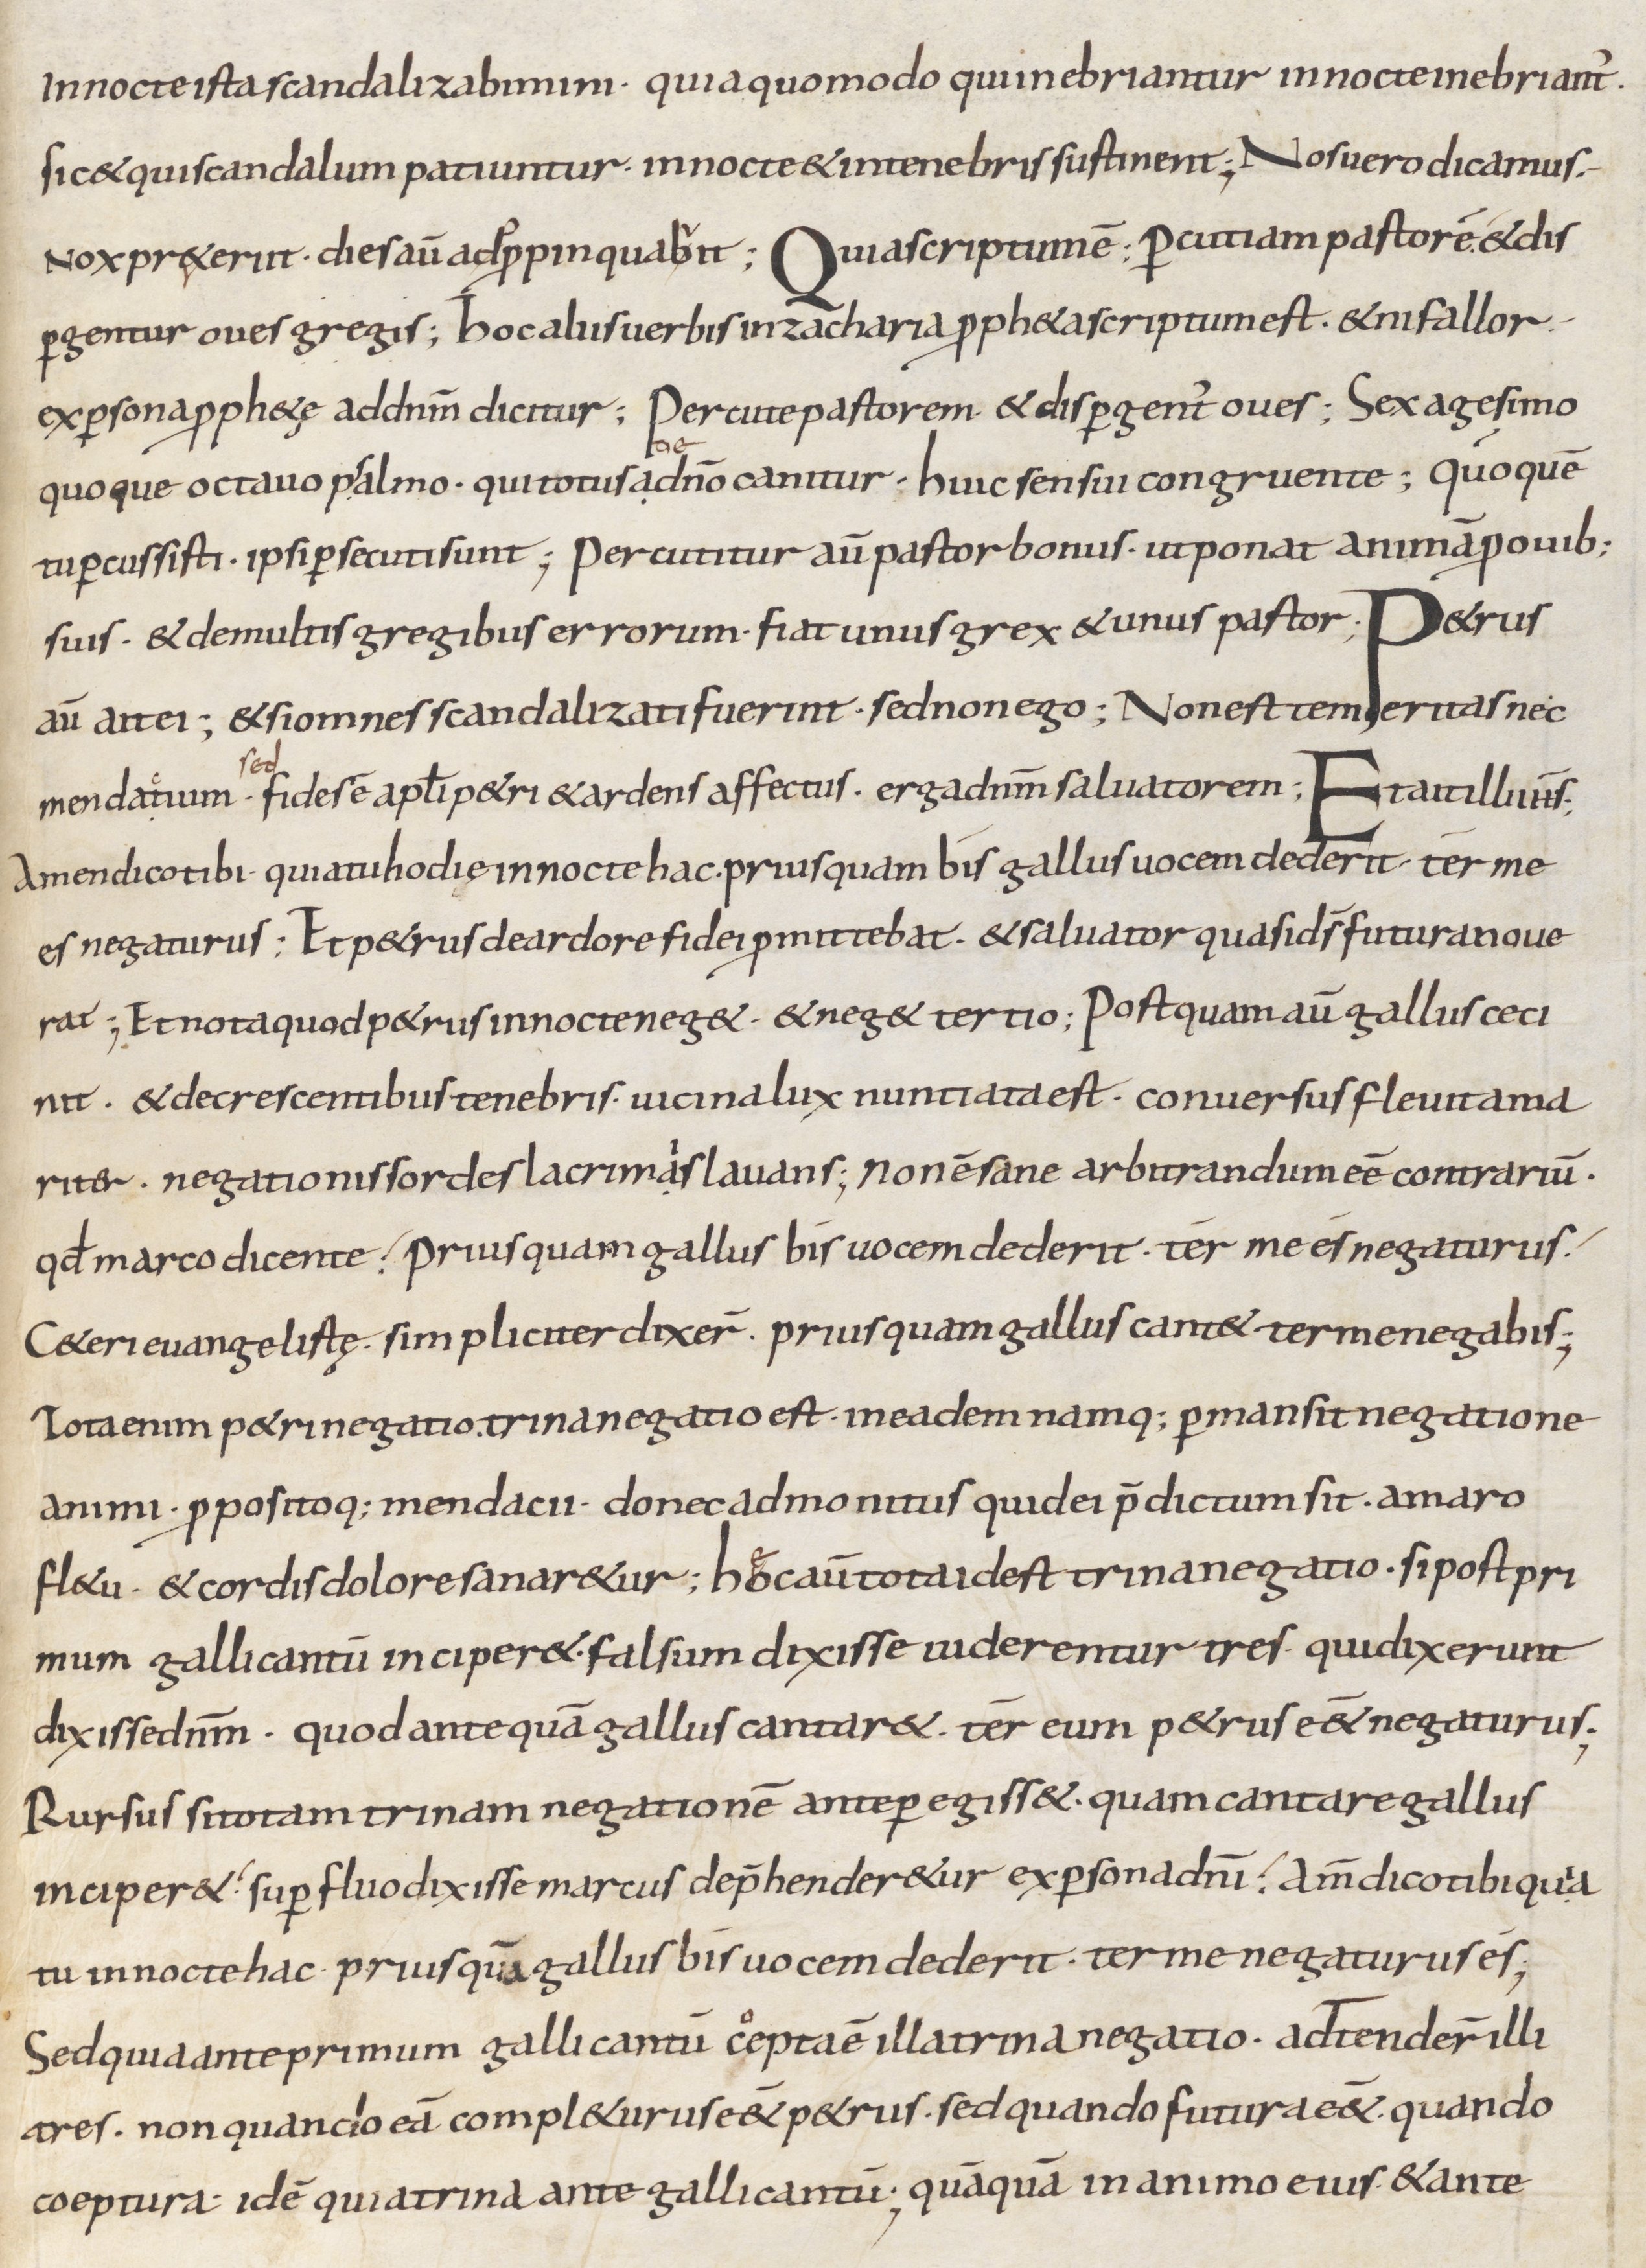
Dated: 800–899